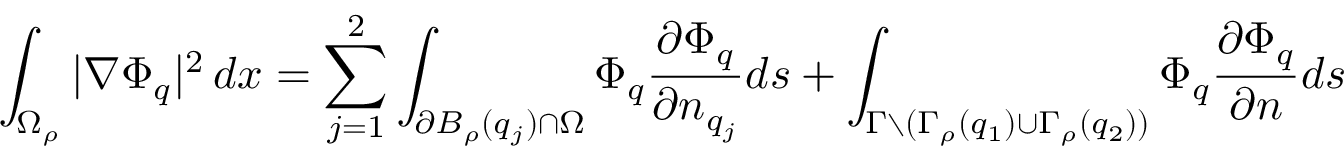
\int _ { \Omega _ { \rho } } | \nabla \Phi _ { q } | ^ { 2 } \, d x = \sum _ { j = 1 } ^ { 2 } \int _ { \partial B _ { \rho } ( q _ { j } ) \cap \Omega } \Phi _ { q } \frac { \partial \Phi _ { q } } { \partial n _ { q _ { j } } } d s + \int _ { \Gamma \setminus ( \Gamma _ { \rho } ( q _ { 1 } ) \cup \Gamma _ { \rho } ( q _ { 2 } ) ) } \Phi _ { q } \frac { \partial \Phi _ { q } } { \partial n } d s